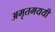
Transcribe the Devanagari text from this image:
अमृतमययी